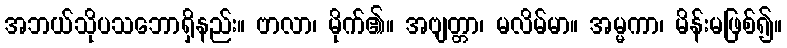
အဘယ်သိုပသဘောရှိနည်း။ ဗာလာ၊ မိုက်၏။ အဗျတ္တာ၊ မလိမ်မာ။ အမ္မကာ၊ မိန်းမဖြစ်၍။